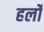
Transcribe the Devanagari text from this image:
हर्लो